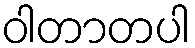
ဝါတာတပါ